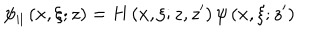
\psi _ { | | } \left( x , \xi ; z \right) = H \left( x , \xi ; z , z ^ { \prime } \right) \psi \left( x , \xi ; z ^ { \prime } \right)